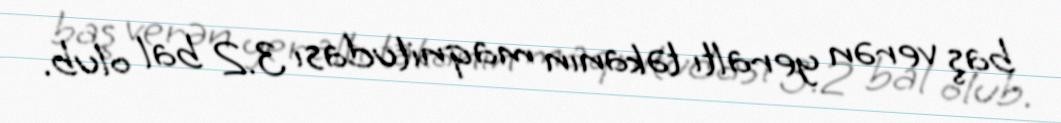
baş verən yeraltı təkanın maqnitudası 3.2 bal olub.